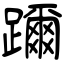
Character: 躎